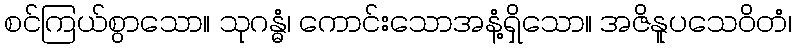
စင်ကြယ်စွာသော။ သုဂန္ဓံ၊ ကောင်းသောအနံ့ရှိသော။ အဇိနူပသေဝိတံ၊